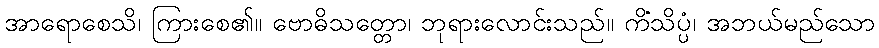
အာရောစေသိ၊ ကြားစေ၏။ ဗောဓိသတ္တော၊ ဘုရားလောင်းသည်။ ကိံသိပ္ပံ၊ အဘယ်မည်သော